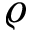
\varrho